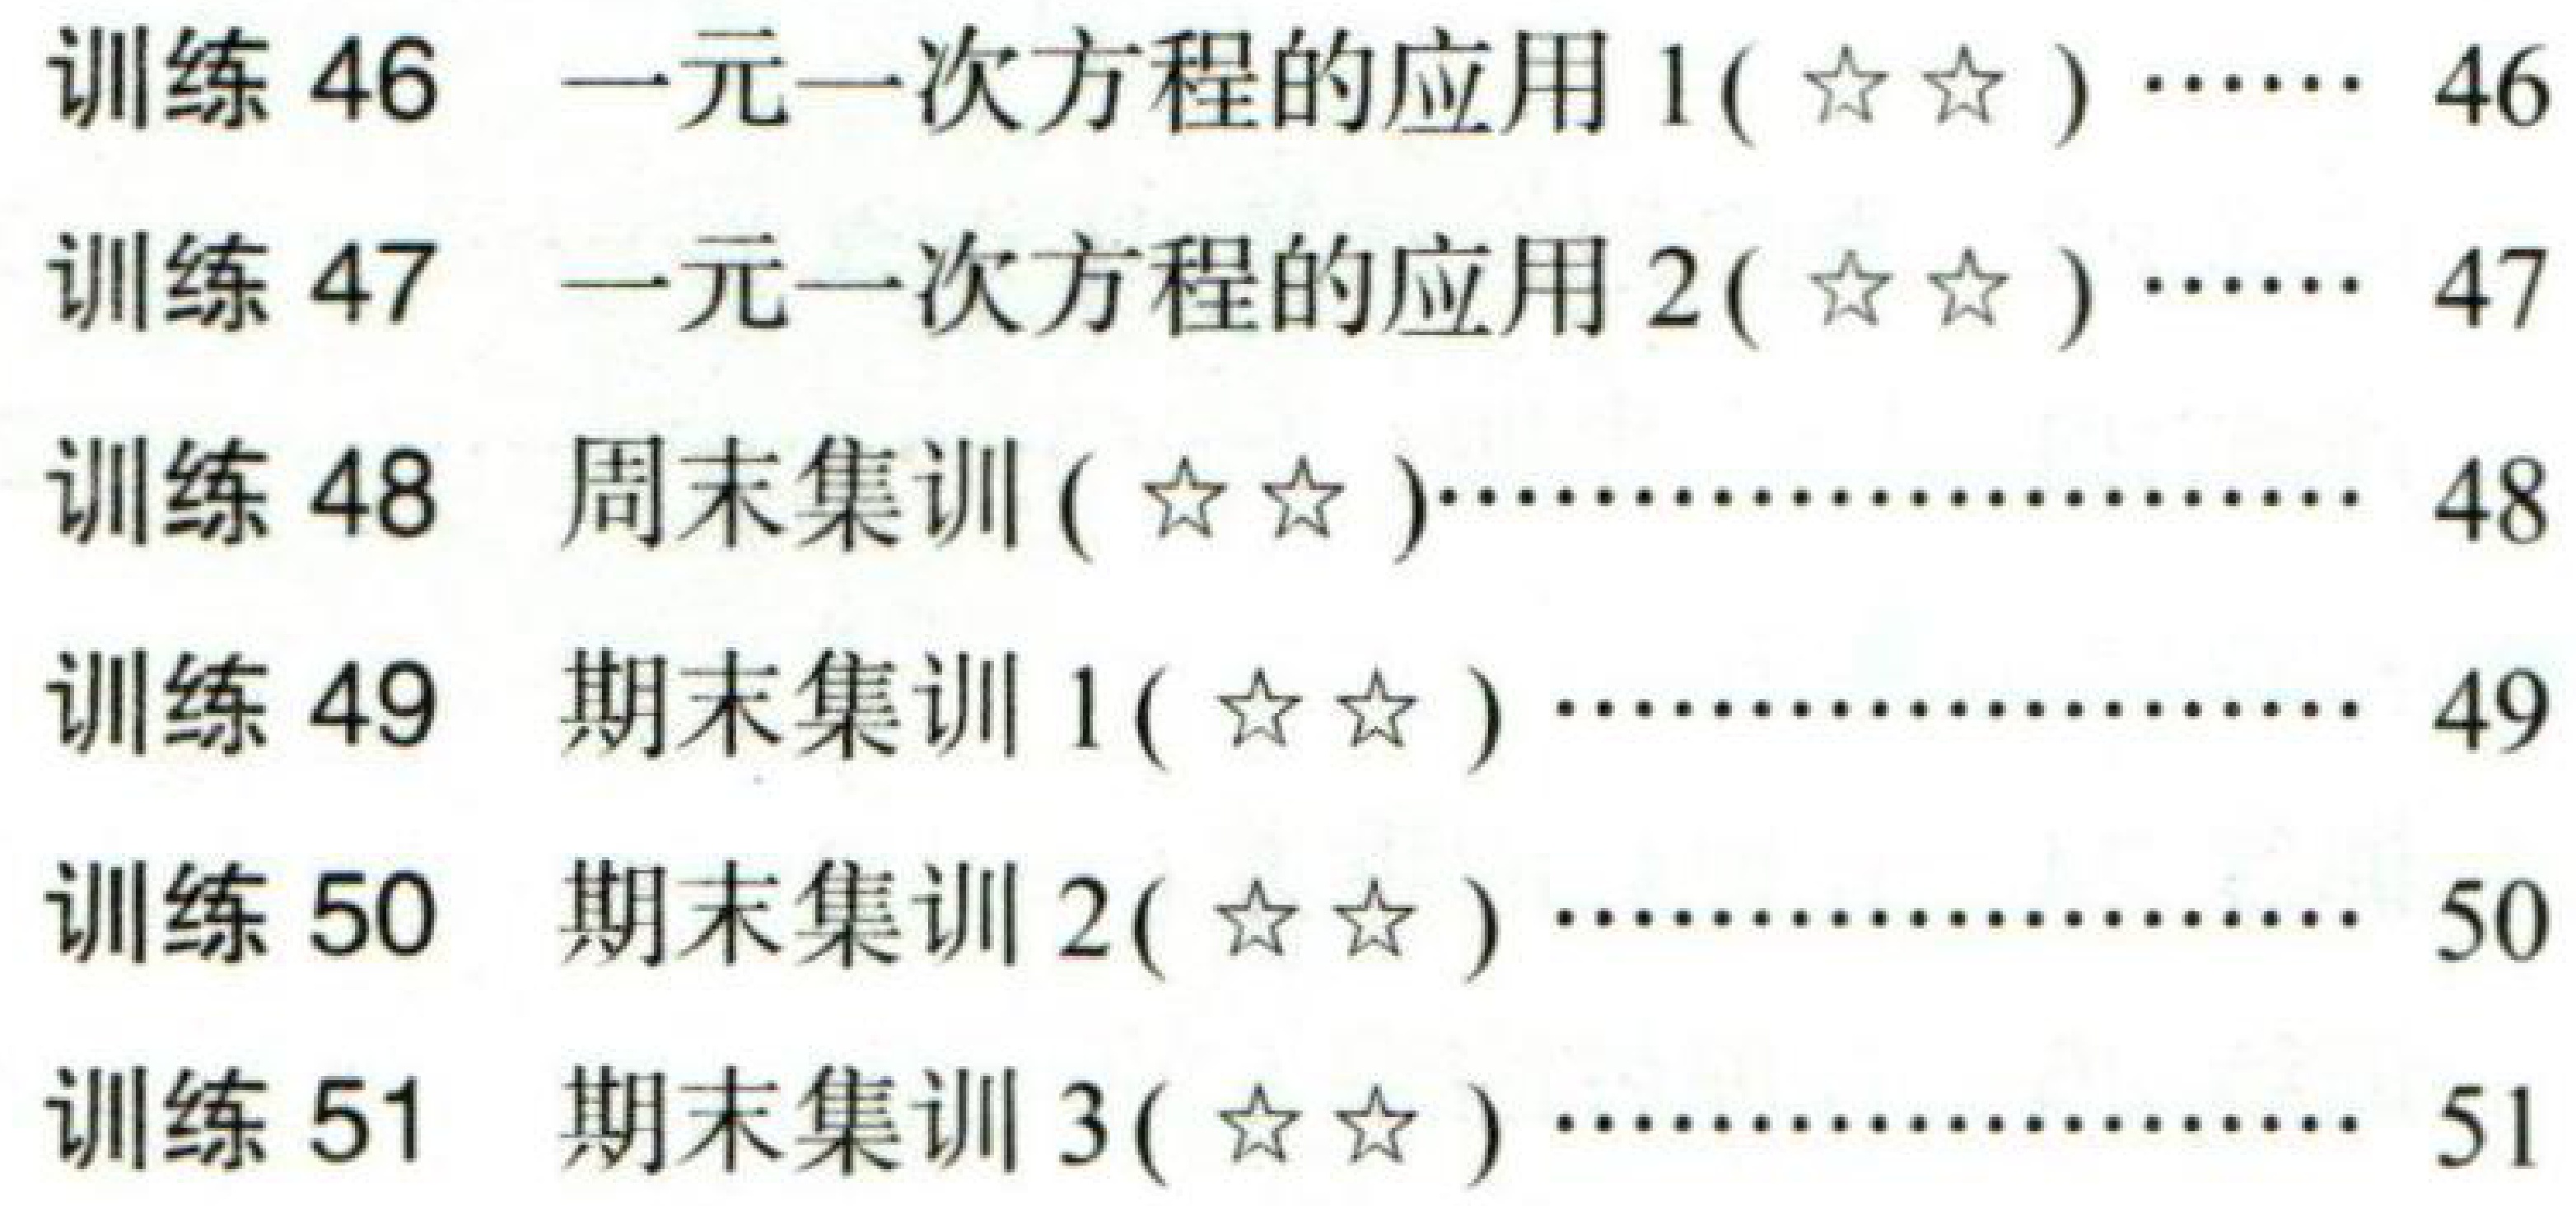
训练 46  一元一次方程的应用 1(☆☆)…… 46\\

训练 47  一元一次方程的应用 2(☆☆)…… 47\\

训练 48  周末集训(☆☆)……………… 48\\

训练 49  期末集训 1(☆☆)……………… 49\\

训练 50  期末集训 2(☆☆)……………… 50\\

训练 51  期末集训 3(☆☆)……………… 51